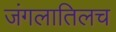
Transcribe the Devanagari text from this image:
जंगलातिलच